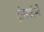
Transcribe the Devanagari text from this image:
ट्रांसफॉर्मों